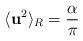
LaTeX: \begin{align*}\langle{{\bf{u}}^2}\rangle_{R} = \frac{\alpha}{\pi}\end{align*}